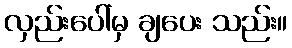
လှည်းပေါ်မှ ချပေး သည်း။